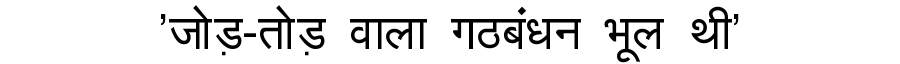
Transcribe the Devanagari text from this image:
'जोड़-तोड़ वाला गठबंधन भूल थी'